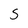
Character: S